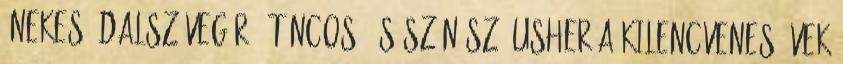
énekes, dalszövegíró, táncos, és színész. Usher a kilencvenes évek